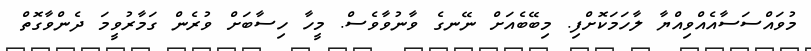
މުވައްސަސާއެއްވިއްޔާ ލާހަމަކޮށްފި. މިބޭބެއަށް ނޭނގެ ވާނުވާވެސް. މީހާ ހިސާބަށް ވުރެން ގަމާރުވީމަ ދެންވާގޮތް